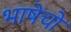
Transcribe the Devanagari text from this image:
भाषेचो